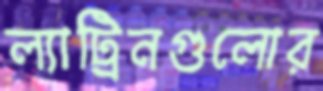
ল্যাট্রিনগুলোর